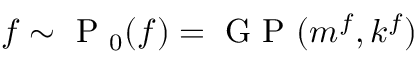
f \sim \mathrm { ~ P ~ } _ { 0 } ( { f } ) = \mathrm { ~ G ~ P ~ } ( m ^ { f } , k ^ { f } )